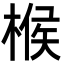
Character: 㮢